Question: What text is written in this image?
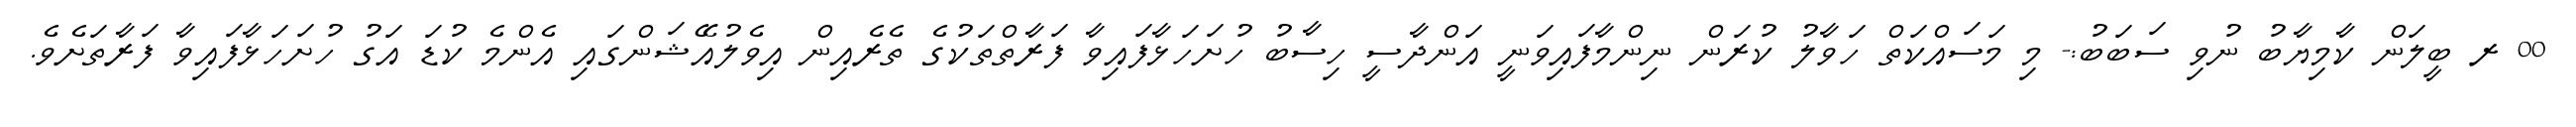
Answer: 00 ރ ބީލަން ކާމިޔާބު ނުވި ސަބަބު:- މި މަސައްކަތް ހަވާލު ކުރަން ނިންމާފައިވަނީ އަންދާސީ ހިސާބު ހުށަހަޅާފައިވާ ފަރާތްތަކުގެ ތެރެއިން އިވެލުއޭޝަންގައި އެންމެ ކުޑަ އަގު ހުށަހަޅާފައިވާ ފަރާތަށެވެ.